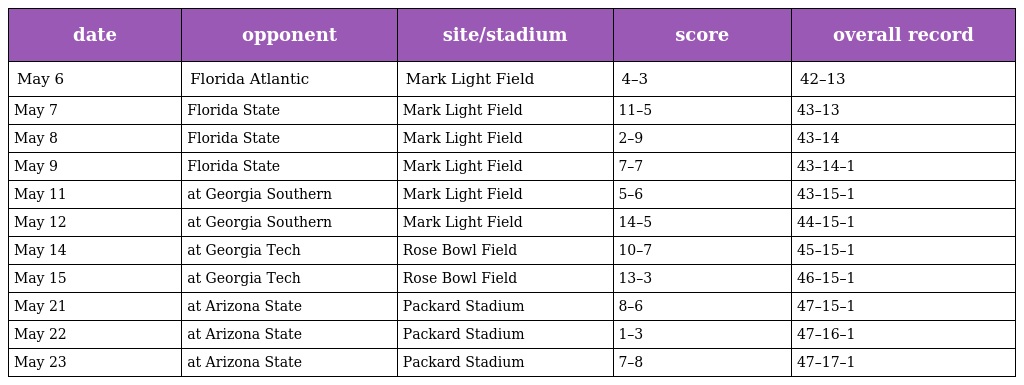
| date | opponent | site/stadium | score | overall record |
 | --- | --- | --- | --- | --- |
 | May 6 | Florida Atlantic | Mark Light Field | 4–3 | 42–13 |
 | May 7 | Florida State | Mark Light Field | 11–5 | 43–13 |
 | May 8 | Florida State | Mark Light Field | 2–9 | 43–14 |
 | May 9 | Florida State | Mark Light Field | 7–7 | 43–14–1 |
 | May 11 | at Georgia Southern | Mark Light Field | 5–6 | 43–15–1 |
 | May 12 | at Georgia Southern | Mark Light Field | 14–5 | 44–15–1 |
 | May 14 | at Georgia Tech | Rose Bowl Field | 10–7 | 45–15–1 |
 | May 15 | at Georgia Tech | Rose Bowl Field | 13–3 | 46–15–1 |
 | May 21 | at Arizona State | Packard Stadium | 8–6 | 47–15–1 |
 | May 22 | at Arizona State | Packard Stadium | 1–3 | 47–16–1 |
 | May 23 | at Arizona State | Packard Stadium | 7–8 | 47–17–1 |